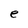
Character: e